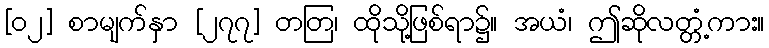
[၀၂] စာမျက်နှာ [၂၇၇] တတြ၊ ထိုသို့ဖြစ်ရာ၌။ အယံ၊ ဤဆိုလတ္တံ့ကား။